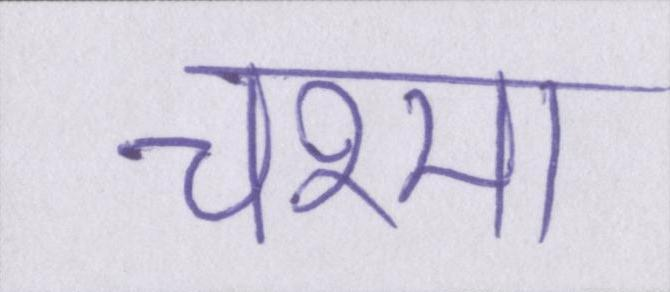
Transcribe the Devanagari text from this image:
चश्मा